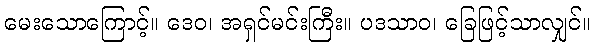
မေးသောကြောင့်။ ဒေဝ၊ အရှင်မင်းကြီး။ ပဒသာဝ၊ ခြေဖြင့်သာလျှင်။